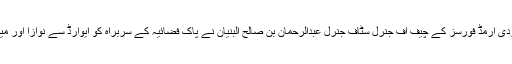
رائل سعودی آرمڈ فورسز کے چیف آف جنرل سٹاف جنرل عبدالرحمان بن صالح البنیان نے پاک فضائیہ کے سربراہ کو ایوارڈ سے نوازا اور میڈل پہنایا۔